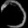
Digit: ၁